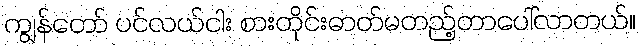
ကျွန်တော် ပင်လယ်ငါး စားတိုင်းဓာတ်မတည့်တာပေါ်လာတယ်။